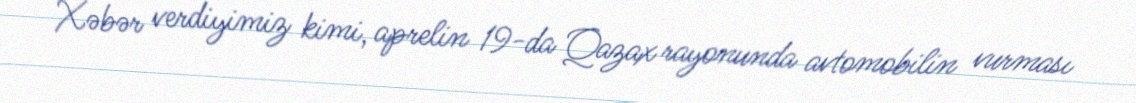
Xəbər verdiyimiz kimi, aprelin 19-da Qazax rayonunda avtomobilin vurması